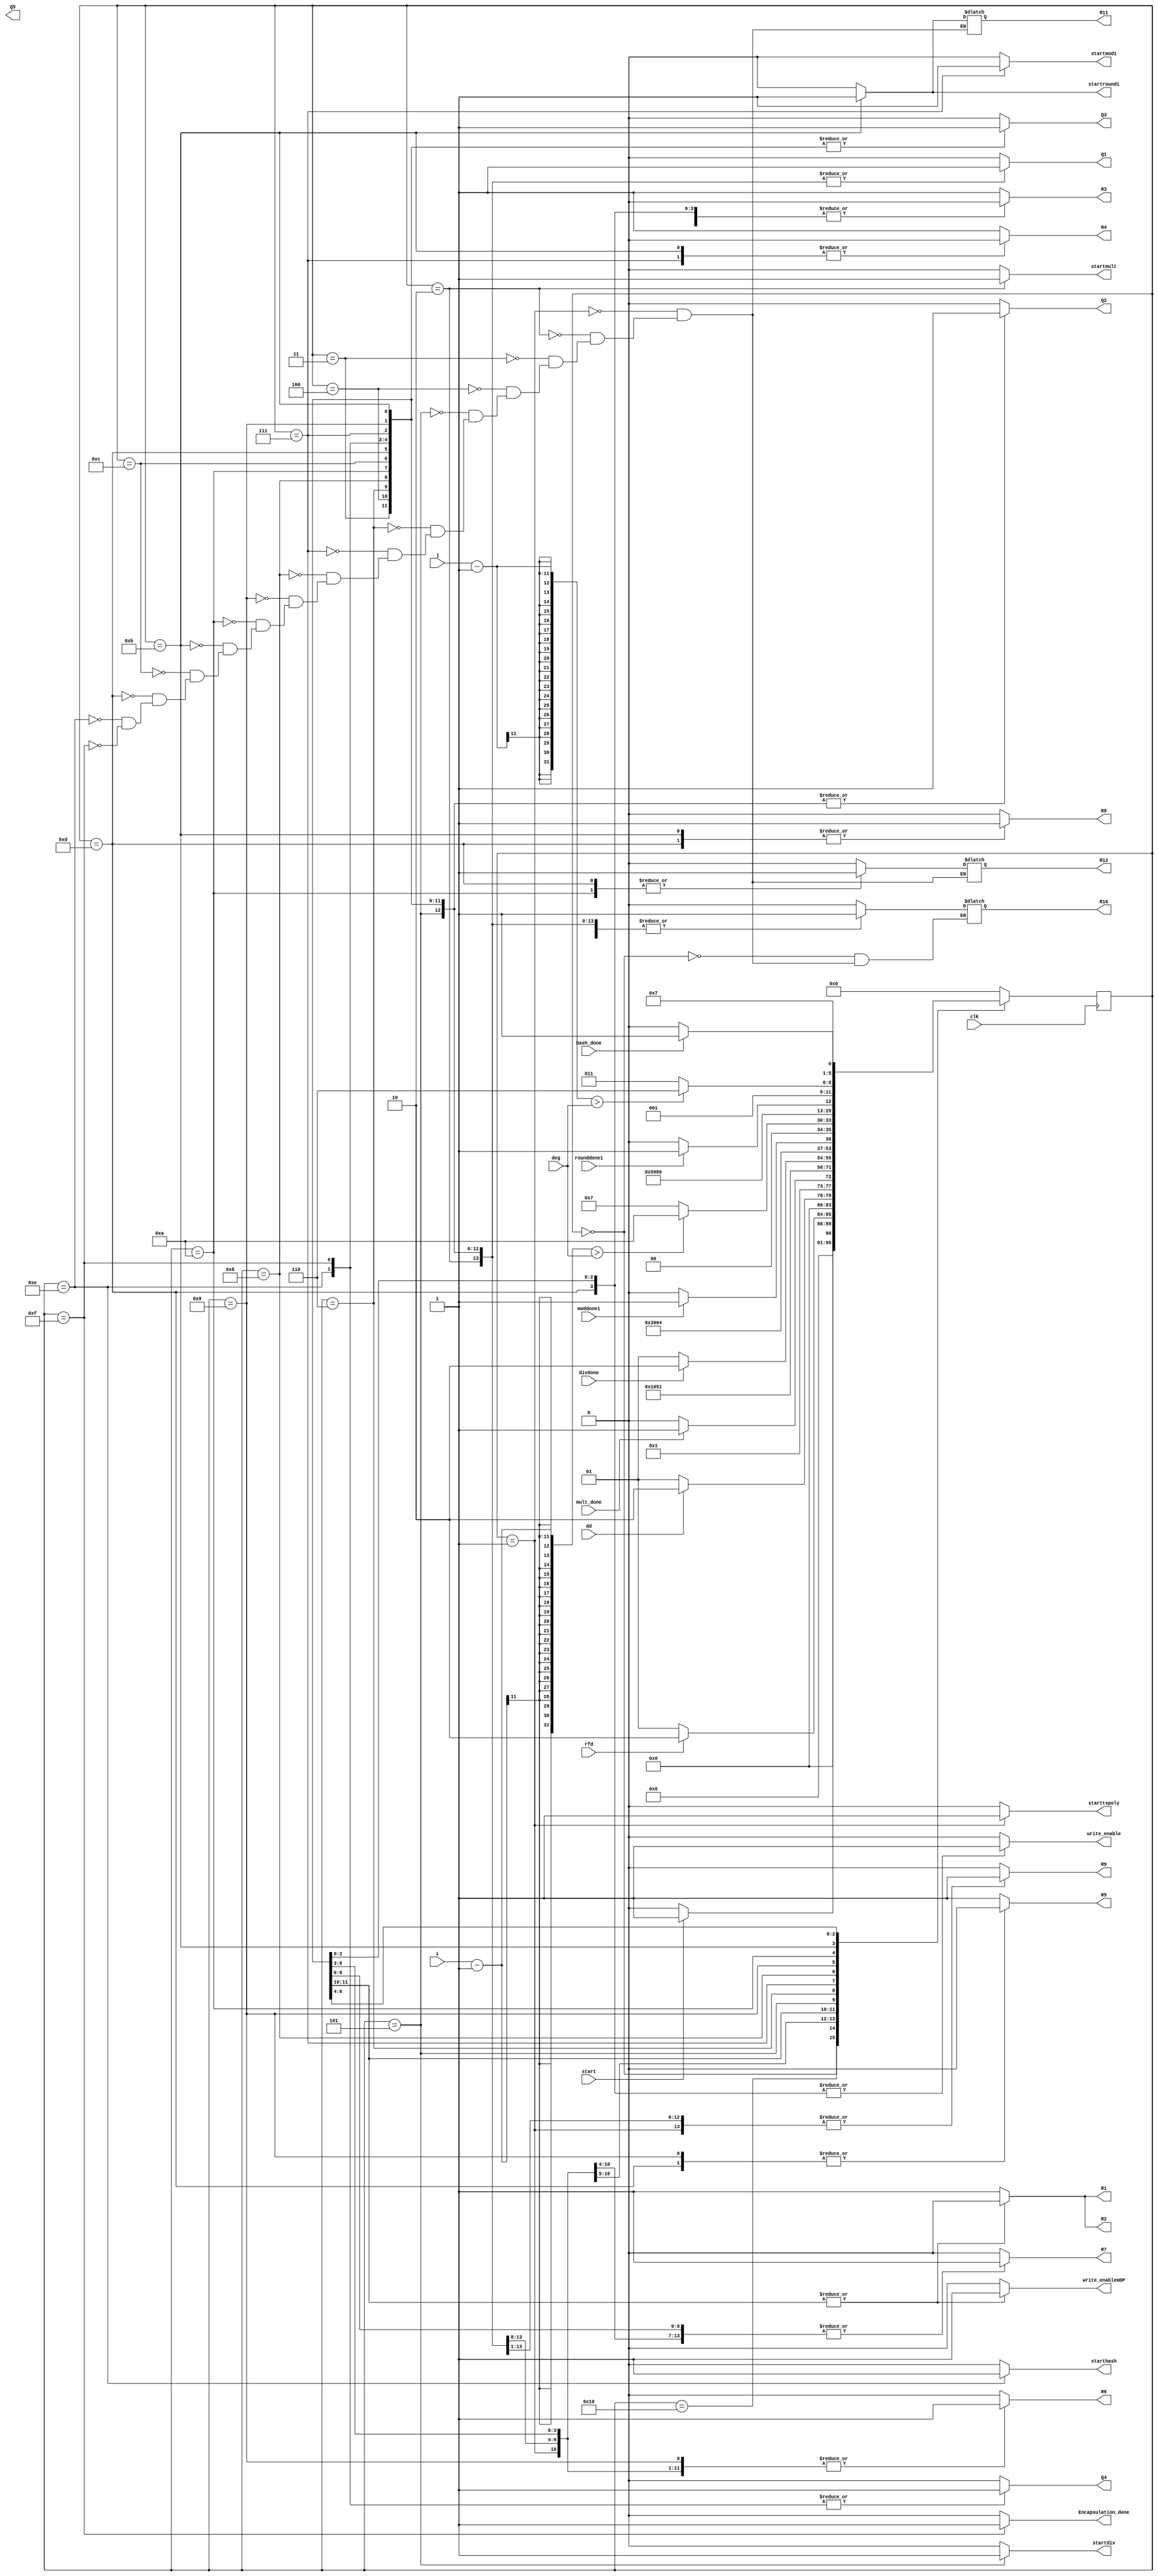
`timescale 1ns / 1ps
//////////////////////////////////////////////////////////////////////////////////
// Company: 
// Engineer: 
// 
// Design Name: 
// Module Name: Encapsulation_FSM
// Project Name: 
// Target Devices: 
// Tool Versions: 
// Description: 
// 
// Dependencies: 
// 
// Revision:
// Revision 0.01 - File Created
// Additional Comments:
// 
//////////////////////////////////////////////////////////////////////////////////


module Encapsulation_FSM(
    input clk, start,
    input dd, rfd,
    input [10:0]i, deg, j,
    input moddone1, rounddone1, hash_done, mult_done, divdone,
    output reg write_enable, startmod1,write_enablemDP, startdiv, starthash, startmult, starttspoly, startround1,
    output reg Q1, Q2, Q3, Q4, Q5, R1, R2, R3, R4, R5, R6, R7,R8,R9,R10,R11, R12,
    output reg Encapsulation_done
    );
    
    parameter Inicio  = 5'b00000;
    parameter rfdecapq= 5'b10000;
    parameter Polygen = 5'b00001;
    parameter multI=5'b00010;
    parameter As1=5'b00011;
    parameter As2= 5'b00100;
    parameter cI=5'b00101;
    parameter temp1 = 5'b00110;
    parameter mod1=5'b00111;
    parameter mant=5'b01000;
    parameter pregM=5'b01001;
    parameter tempR = 5'b01010;
    parameter round1=5'b01011;
    parameter mantR=5'b01100;
    parameter pregR=5'b01101; 
    parameter hashI=5'b01110;
    parameter salida =5'b01111;


    reg [5:0] presente = Inicio; // Registro de Estado - Valor inicial
    reg [5:0] futuro;            // Entrada del registro de Estado

    // Registro de estado 
    always @(posedge clk)
        presente <= futuro;

    // Lgica del estado siguiente
    always @(presente,  deg, i, j, rfd, moddone1, dd, mult_done, divdone, hash_done, rounddone1, start)
        case (presente)
            Inicio:
                if(start)
                    futuro <= Polygen;            
                else
                    futuro <= Inicio;
            rfdecapq:
                if(rfd)
                    futuro <= multI;            
                else
                    futuro <= Polygen;        
            Polygen:
                if(dd)
                    futuro <= multI;            
                else
                    futuro <= Polygen;
            multI:
                  if(mult_done)
                    futuro <= As1;            
                else
                    futuro <= multI;
            As1:
                futuro <= As2;
            As2:
                futuro <= cI;
            cI:
                if(divdone)
                    futuro <= temp1;
                else
                    futuro <= cI;
            temp1:
                futuro <= mod1;
            mod1:
                    futuro <= mant;
            mant:
                if(moddone1)
                    futuro <= pregM;
                else
                    futuro <= mant;
            pregM:
                if((i-1)>deg)
                    futuro <= tempR;
                else
                    futuro <= mod1;
            tempR:
                futuro <= round1;
            round1:
                    futuro <= mantR;
            mantR:
                if(rounddone1)
                    futuro <= pregR;
                else
                    futuro <= mantR;
            pregR:
                if((j-1)>deg)
                    futuro <= hashI;
                else
                    futuro <= round1;
            hashI:
                if(hash_done)
                    futuro <= salida;
                else
                    futuro <= hashI;             
            salida:
                futuro <= Inicio;
            default:
                futuro <= Inicio;
        endcase
    
    // Lgica de salida
    always @(presente)
        case (presente)
            Inicio : begin
                R1 <= 1'b1;
                R2 <= 1'b1;
                R6 <= 1'b0;
                R7 <= 1'b0;
                R5<= 1'b1;
                R4<= 1'b1;
                R3<= 1'b1;
                R8<= 1'b0;
                R9 <=1'b0;
                R10 <=1'b0;
                Q1<=1'b0;
                Q2<=1'b0;
                Q3<=1'b0;
                Q4<=1'b0;
                write_enable<=1'b0;
                startmod1 <= 1'b0;
                startround1 <= 1'b0;
                starttspoly<=1'b0;
                startmult<=1'b0;
                startdiv <= 1'b0;
                starthash <= 1'b0;
                write_enablemDP<=1'b0;                
                Encapsulation_done <= 1'b0;
            end
            Polygen : begin
                R1 <= 1'b1;
                R2 <= 1'b1;
                R6 <= 1'b1;
                R7 <= 1'b1;
                R5<= 1'b1;
                R4<= 1'b1;
                R3<= 1'b1;
                R8<= 1'b0;
                R9 <=1'b1;
                R10 <=1'b1;
                R11 <=1'b0;
                R12 <=1'b0;
                Q1<=1'b0;
                Q2<=1'b0;
                Q3<=1'b0;
                Q4<=1'b0;
                write_enable<=1'b0;
                startmod1 <= 1'b0;
                startround1 <= 1'b0;
                starttspoly<=1'b1;
                startmult<=1'b0;
                startdiv <= 1'b0;
                starthash <= 1'b0;
                write_enablemDP<=1'b0;                
                Encapsulation_done <= 1'b0;
            end
            multI: begin
                R1 <= 1'b1;
                R2 <= 1'b1;
                R6 <= 1'b1;
                R7 <= 1'b1;
                R5<= 1'b1;
                R4<= 1'b1;
                R3<= 1'b1;
                R8<= 1'b0;
                R9 <=1'b1;
                R10 <=1'b1;
                R11 <=1'b0;
                R12 <=1'b0;
                Q1<=1'b1;
                Q2<=1'b0;
                Q3<=1'b0;
                Q4<=1'b0;
                write_enable<=1'b0;
                startmod1 <= 1'b0;
                startround1 <= 1'b0;
                starttspoly<=1'b0;
                startmult<=1'b1;
                startdiv <= 1'b0;
                starthash <= 1'b0;
                write_enablemDP<=1'b0;                
                Encapsulation_done <= 1'b0;
            end
            As1: begin
                R1 <= 1'b0;
                R2 <= 1'b0;
                R6 <= 1'b1;
                R7 <= 1'b1;
                R5<= 1'b1;
                R4<= 1'b1;
                R3<= 1'b1;
                R8<= 1'b0;
                R9 <=1'b1;
                R10 <=1'b1;
                R11 <=1'b0;
                R12 <=1'b0;
                Q1<=1'b1;
                Q2<=1'b1;
                Q3<=1'b1;
                Q4<=1'b0;
                write_enable<=1'b0;
                startmod1 <= 1'b0;
                startround1 <= 1'b0;
                starttspoly<=1'b0;
                startmult<=1'b0;
                startdiv <= 1'b0;
                starthash <= 1'b0;
                write_enablemDP<=1'b1;                
                Encapsulation_done <= 1'b0;
            end
            As2: begin
                R1 <= 1'b0;
                R2 <= 1'b0;
                R6 <= 1'b1;
                R7 <= 1'b1;
                R5<= 1'b1;
                R4<= 1'b1;
                R3<= 1'b1;
                R8<= 1'b0;
                R9 <=1'b1;
                R10 <=1'b1;
                R11 <=1'b0;
                R12 <=1'b0;
                Q1<=1'b1;
                Q2<=1'b1;
                Q3<=1'b1;
                Q4<=1'b0;
                write_enable<=1'b0;
                startmod1 <= 1'b0;
                startround1 <= 1'b0;
                starttspoly<=1'b0;
                startmult<=1'b0;
                startdiv <= 1'b0;
                starthash <= 1'b0;
                write_enablemDP<=1'b1;                
                Encapsulation_done <= 1'b0;
            end                 
            cI: begin
                R1 <= 1'b1;
                R2 <= 1'b1;
                R6 <= 1'b1;
                R7 <= 1'b1;
                R5<= 1'b1;
                R4<= 1'b1;
                R3<= 1'b1;
                R8<= 1'b0;
                R9 <=1'b1;
                R10 <=1'b1;
                R11 <=1'b0;
                R12 <=1'b0;
                Q1<=1'b1;
                Q2<=1'b1;
                Q3<=1'b0;
                Q4<=1'b0;
                write_enable<=1'b0;
                startmod1 <= 1'b0;
                startround1 <= 1'b0;
                starttspoly<=1'b0;
                startmult<=1'b0;
                startdiv <= 1'b1;
                starthash <= 1'b0;
                write_enablemDP<=1'b0;                
                Encapsulation_done <= 1'b0;
            end
            temp1: begin
                R1 <= 1'b1;
                R2 <= 1'b1;
                R6 <= 1'b1;
                R7 <= 1'b1;
                R5<= 1'b1;
                R4<= 1'b1;
                R3<= 1'b1;
                R8<= 1'b0;
                R9 <=1'b1;
                R10 <=1'b1;
                R11 <=1'b0;
                R12 <=1'b0;
                Q1<=1'b1;
                Q2<=1'b1;
                Q3<=1'b1;
                Q4<=1'b0;
                write_enable<=1'b0;
                startmod1 <= 1'b0;
                startround1 <= 1'b0;
                starttspoly<=1'b0;
                startmult<=1'b0;
                startdiv <= 1'b0;
                starthash <= 1'b0;
                write_enablemDP<=1'b0;                
                Encapsulation_done <= 1'b0;
            end
            mod1: begin
                R1 <= 1'b1;
                R2 <= 1'b1;
                R6 <= 1'b0;
                R7 <= 1'b1;
                R5<= 1'b1;
                R4<= 1'b0;
                R3<= 1'b0;
                R8<= 1'b0;
                R9 <=1'b1;
                R10 <=1'b1;
                R11 <=1'b0;
                R12 <=1'b0;
                Q1<=1'b1;
                Q2<=1'b1;
                Q3<=1'b1;
                Q4<=1'b0;
                write_enable<=1'b1;
                startmod1 <= 1'b1;
                startround1 <= 1'b0;
                starttspoly<=1'b0;
                startmult<=1'b0;
                startdiv <= 1'b0;
                starthash <= 1'b0;
                write_enablemDP<=1'b0;                
                Encapsulation_done <= 1'b0;
            end
            mant: begin
                R1 <= 1'b1;
                R2 <= 1'b1;
                R6 <= 1'b1;
                R7 <= 1'b1;
                R5<= 1'b1;
                R4<= 1'b1;
                R3<= 1'b0;
                R8<= 1'b0;
                R9 <=1'b1;
                R10 <=1'b1;
                R11 <=1'b0;
                R12 <=1'b0;
                Q1<=1'b1;
                Q2<=1'b1;
                Q3<=1'b1;
                Q4<=1'b0;
                write_enable<=1'b0;
                startmod1 <= 1'b0;
                startround1 <= 1'b0;
                starttspoly<=1'b0;
                startmult<=1'b0;
                startdiv <= 1'b0;
                starthash <= 1'b0;
                write_enablemDP<=1'b0;                
                Encapsulation_done <= 1'b0;
            end
            pregM: begin
                R1 <= 1'b1;
                R2 <= 1'b1;
                R6 <= 1'b1;
                R7 <= 1'b1;
                R5<= 1'b0;
                R4<= 1'b1;
                R3<= 1'b0;
                R8<= 1'b0;
                R9 <=1'b1;
                R10 <=1'b1;
                R11 <=1'b0;
                R12 <=1'b0;
                Q1<=1'b1;
                Q2<=1'b1;
                Q3<=1'b1;
                Q4<=1'b0;
                write_enable<=1'b1;
                startmod1 <= 1'b0;
                startround1 <= 1'b0;
                starttspoly<=1'b0;
                startmult<=1'b0;
                startdiv <= 1'b0;
                starthash <= 1'b0;
                write_enablemDP<=1'b0;                
                Encapsulation_done <= 1'b0;
            end
            tempR: begin
                R1 <= 1'b1;
                R2 <= 1'b1;
                R6 <= 1'b0;
                R7 <= 1'b0;
                R5<= 1'b1;
                R4<= 1'b1;
                R3<= 1'b1;
                R8<= 1'b0;
                R9 <=1'b1;
                R10 <=1'b1;
                R11 <=1'b0;
                R12 <=1'b1;
                Q1<=1'b1;
                Q2<=1'b1;
                Q3<=1'b1;
                Q4<=1'b0;
                write_enable<=1'b0;
                startmod1 <= 1'b0;
                startround1 <= 1'b0;
                starttspoly<=1'b0;
                startmult<=1'b0;
                startdiv <= 1'b0;
                starthash <= 1'b0;
                write_enablemDP<=1'b0;                
                Encapsulation_done <= 1'b0;
            end
            round1: begin
                R1 <= 1'b1;
                R2 <= 1'b1;
                R6 <= 1'b0;
                R7 <= 1'b1;
                R5<= 1'b1;
                R4<= 1'b0;
                R3<= 1'b0;
                R8<= 1'b1;
                R9 <=1'b0;
                R10 <=1'b1;
                R11 <=1'b1;
                R12 <=1'b0;
                Q1<=1'b1;
                Q2<=1'b1;
                Q3<=1'b1;
                Q4<=1'b0;
                write_enable<=1'b1;
                startmod1 <= 1'b0;
                startround1 <= 1'b1;
                starttspoly<=1'b0;
                startmult<=1'b0;
                startdiv <= 1'b0;
                starthash <= 1'b0;
                write_enablemDP<=1'b0;                
                Encapsulation_done <= 1'b0;
            end
            mantR: begin
                R1 <= 1'b1;
                R2 <= 1'b1;
                R6 <= 1'b1;
                R7 <= 1'b1;
                R5<= 1'b1;
                R4<= 1'b1;
                R3<= 1'b1;
                R8<= 1'b0;
                R9 <=1'b1;
                R10 <=1'b1;
                R11 <=1'b0;
                R12 <=1'b0;
                Q1<=1'b1;
                Q2<=1'b1;
                Q3<=1'b1;
                Q4<=1'b0;
                write_enable<=1'b0;
                startmod1 <= 1'b0;
                startround1 <= 1'b0;
                starttspoly<=1'b0;
                startmult<=1'b0;
                startdiv <= 1'b0;
                starthash <= 1'b0;
                write_enablemDP<=1'b0;                
                Encapsulation_done <= 1'b0;
            end
            pregR: begin
                R1 <= 1'b1;
                R2 <= 1'b1;
                R6 <= 1'b1;
                R7 <= 1'b1;
                R5<= 1'b0;
                R4<= 1'b1;
                R3<= 1'b0;
                R8<= 1'b1;
                R9 <=1'b1;
                R10 <=1'b1;
                R11 <=1'b0;
                R12 <=1'b1;
                Q1<=1'b1;
                Q2<=1'b1;
                Q3<=1'b1;
                Q4<=1'b0;
                write_enable<=1'b1;
                startmod1 <= 1'b0;
                startround1 <= 1'b0;
                starttspoly<=1'b0;
                startmult<=1'b0;
                startdiv <= 1'b0;
                starthash <= 1'b0;
                write_enablemDP<=1'b0;                
                Encapsulation_done <= 1'b0;
            end
            hashI: begin
                R1 <= 1'b1;
                R2 <= 1'b1;
                R6 <= 1'b1;
                R7 <= 1'b1;
                R5<= 1'b1;
                R4<= 1'b1;
                R3<= 1'b1;
                R8<= 1'b0;
                R9 <=1'b1;
                R10 <=1'b1;
                R11 <=1'b0;
                R12 <=1'b0;
                Q1<=1'b1;
                Q2<=1'b1;
                Q3<=1'b1;
                Q4<=1'b1;
                write_enable<=1'b0;
                startmod1 <= 1'b0;
                startround1 <= 1'b0;
                starttspoly<=1'b0;
                startmult<=1'b0;
                startdiv <= 1'b0;
                starthash <= 1'b1;
                write_enablemDP<=1'b0;                
                Encapsulation_done <= 1'b0;
            end
            salida: begin
                R1 <= 1'b1;
                R2 <= 1'b1;
                R6 <= 1'b1;
                R7 <= 1'b1;
                R5<= 1'b1;
                R4<= 1'b1;
                R3<= 1'b1;
                R8<= 1'b0;
                R9 <=1'b1;
                R10 <=1'b1;
                R11 <=1'b0;
                R12 <=1'b0;
                Q1<=1'b1;
                Q2<=1'b1;
                Q3<=1'b1;
                Q4<=1'b1;
                write_enable<=1'b0;
                startmod1 <= 1'b0;
                startround1 <= 1'b0;
                starttspoly<=1'b0;
                startmult<=1'b0;
                startdiv <= 1'b0;
                starthash <= 1'b0;
                write_enablemDP<=1'b0;                
                Encapsulation_done <= 1'b1;
            end
            
            default: begin 
                R1 <= 1'b1;
                R2 <= 1'b1;
                R6 <= 1'b0;
                R7 <= 1'b0;
                R5<= 1'b1;
                R4<= 1'b1;
                R3<= 1'b1;
                R8<= 1'b0;
                R9 <=1'b0;
                Q1<=1'b0;
                Q2<=1'b0;
                Q3<=1'b0;
                Q4<=1'b0;
                write_enable<=1'b0;
                startmod1 <= 1'b0;
                startround1 <= 1'b0;
                starttspoly<=1'b0;
                startmult<=1'b0;
                startdiv <= 1'b0;
                starthash <= 1'b0;
                write_enablemDP<=1'b0;                
                Encapsulation_done <= 1'b0;
            end
      endcase
endmodule